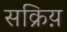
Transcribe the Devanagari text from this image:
सक्रिय़